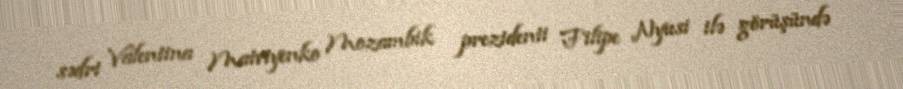
sədri Valentina Matviyenko Mozambik prezidenti Filipe Nyusi ilə görüşündə